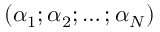
( \alpha _ { 1 } ; \alpha _ { 2 } ; \ldots ; \alpha _ { N } )